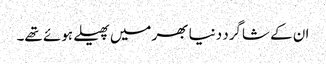
ان کے شاگرد دنیا بھر میں پھیلے ہوئے تھے۔